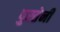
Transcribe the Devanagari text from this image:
पुस्तेनी